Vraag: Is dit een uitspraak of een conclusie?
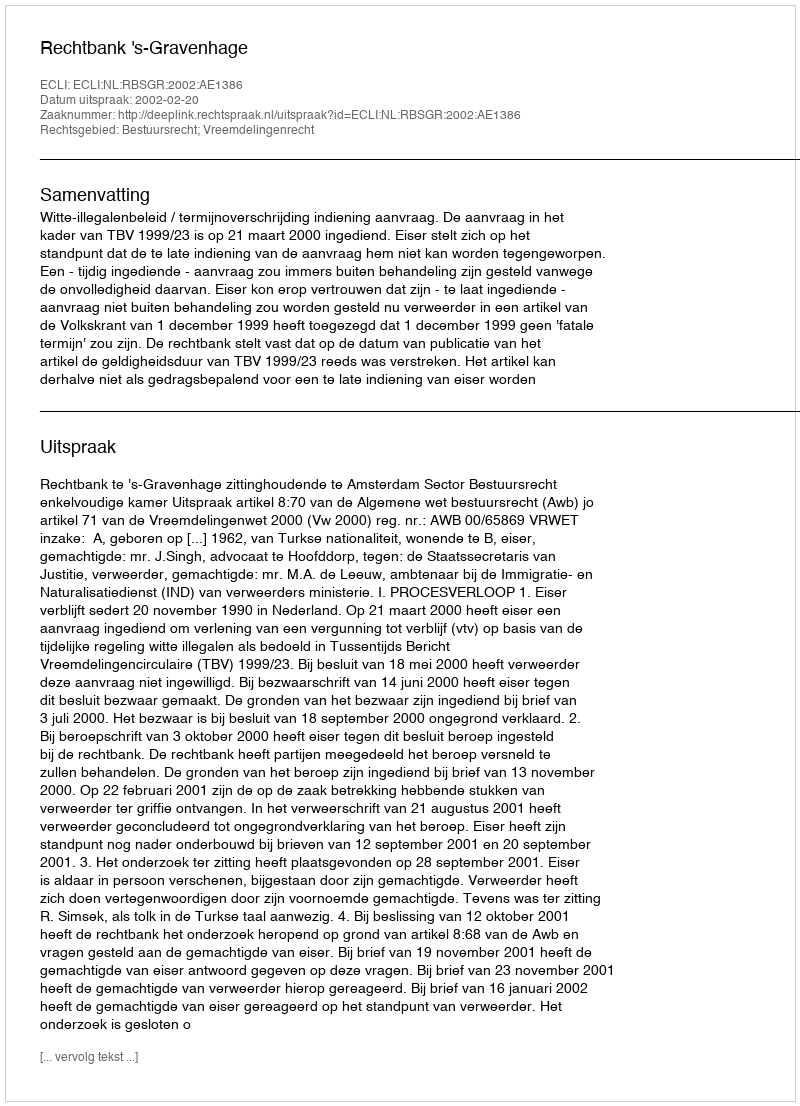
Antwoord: Uitspraak